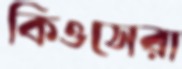
কিওসেরা